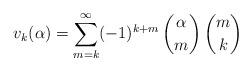
LaTeX: \begin{align*}v_k(\alpha)=\sum_{m=k}^\infty (-1)^{k+m}\,\binom{\alpha}{m}\,\binom{m}{k}\end{align*}